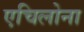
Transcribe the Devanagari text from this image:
एचिलोना